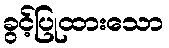
ခွင့်ပြုထားသော